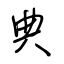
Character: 典